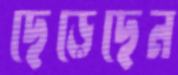
ছেড়েছেন